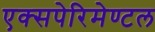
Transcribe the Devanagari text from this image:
एक्सपेरिमेण्टल